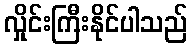
လှိုင်းကြီးနိုင်ပါသည်